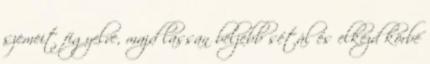
szemeit figyelve, majd lassan beljebb sétál és elkezd körbe